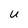
Character: u